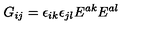
G _ { i j } = \epsilon _ { i k } \epsilon _ { j l } E ^ { a k } E ^ { a l }